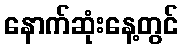
နောက်ဆုံးနေ့တွင်